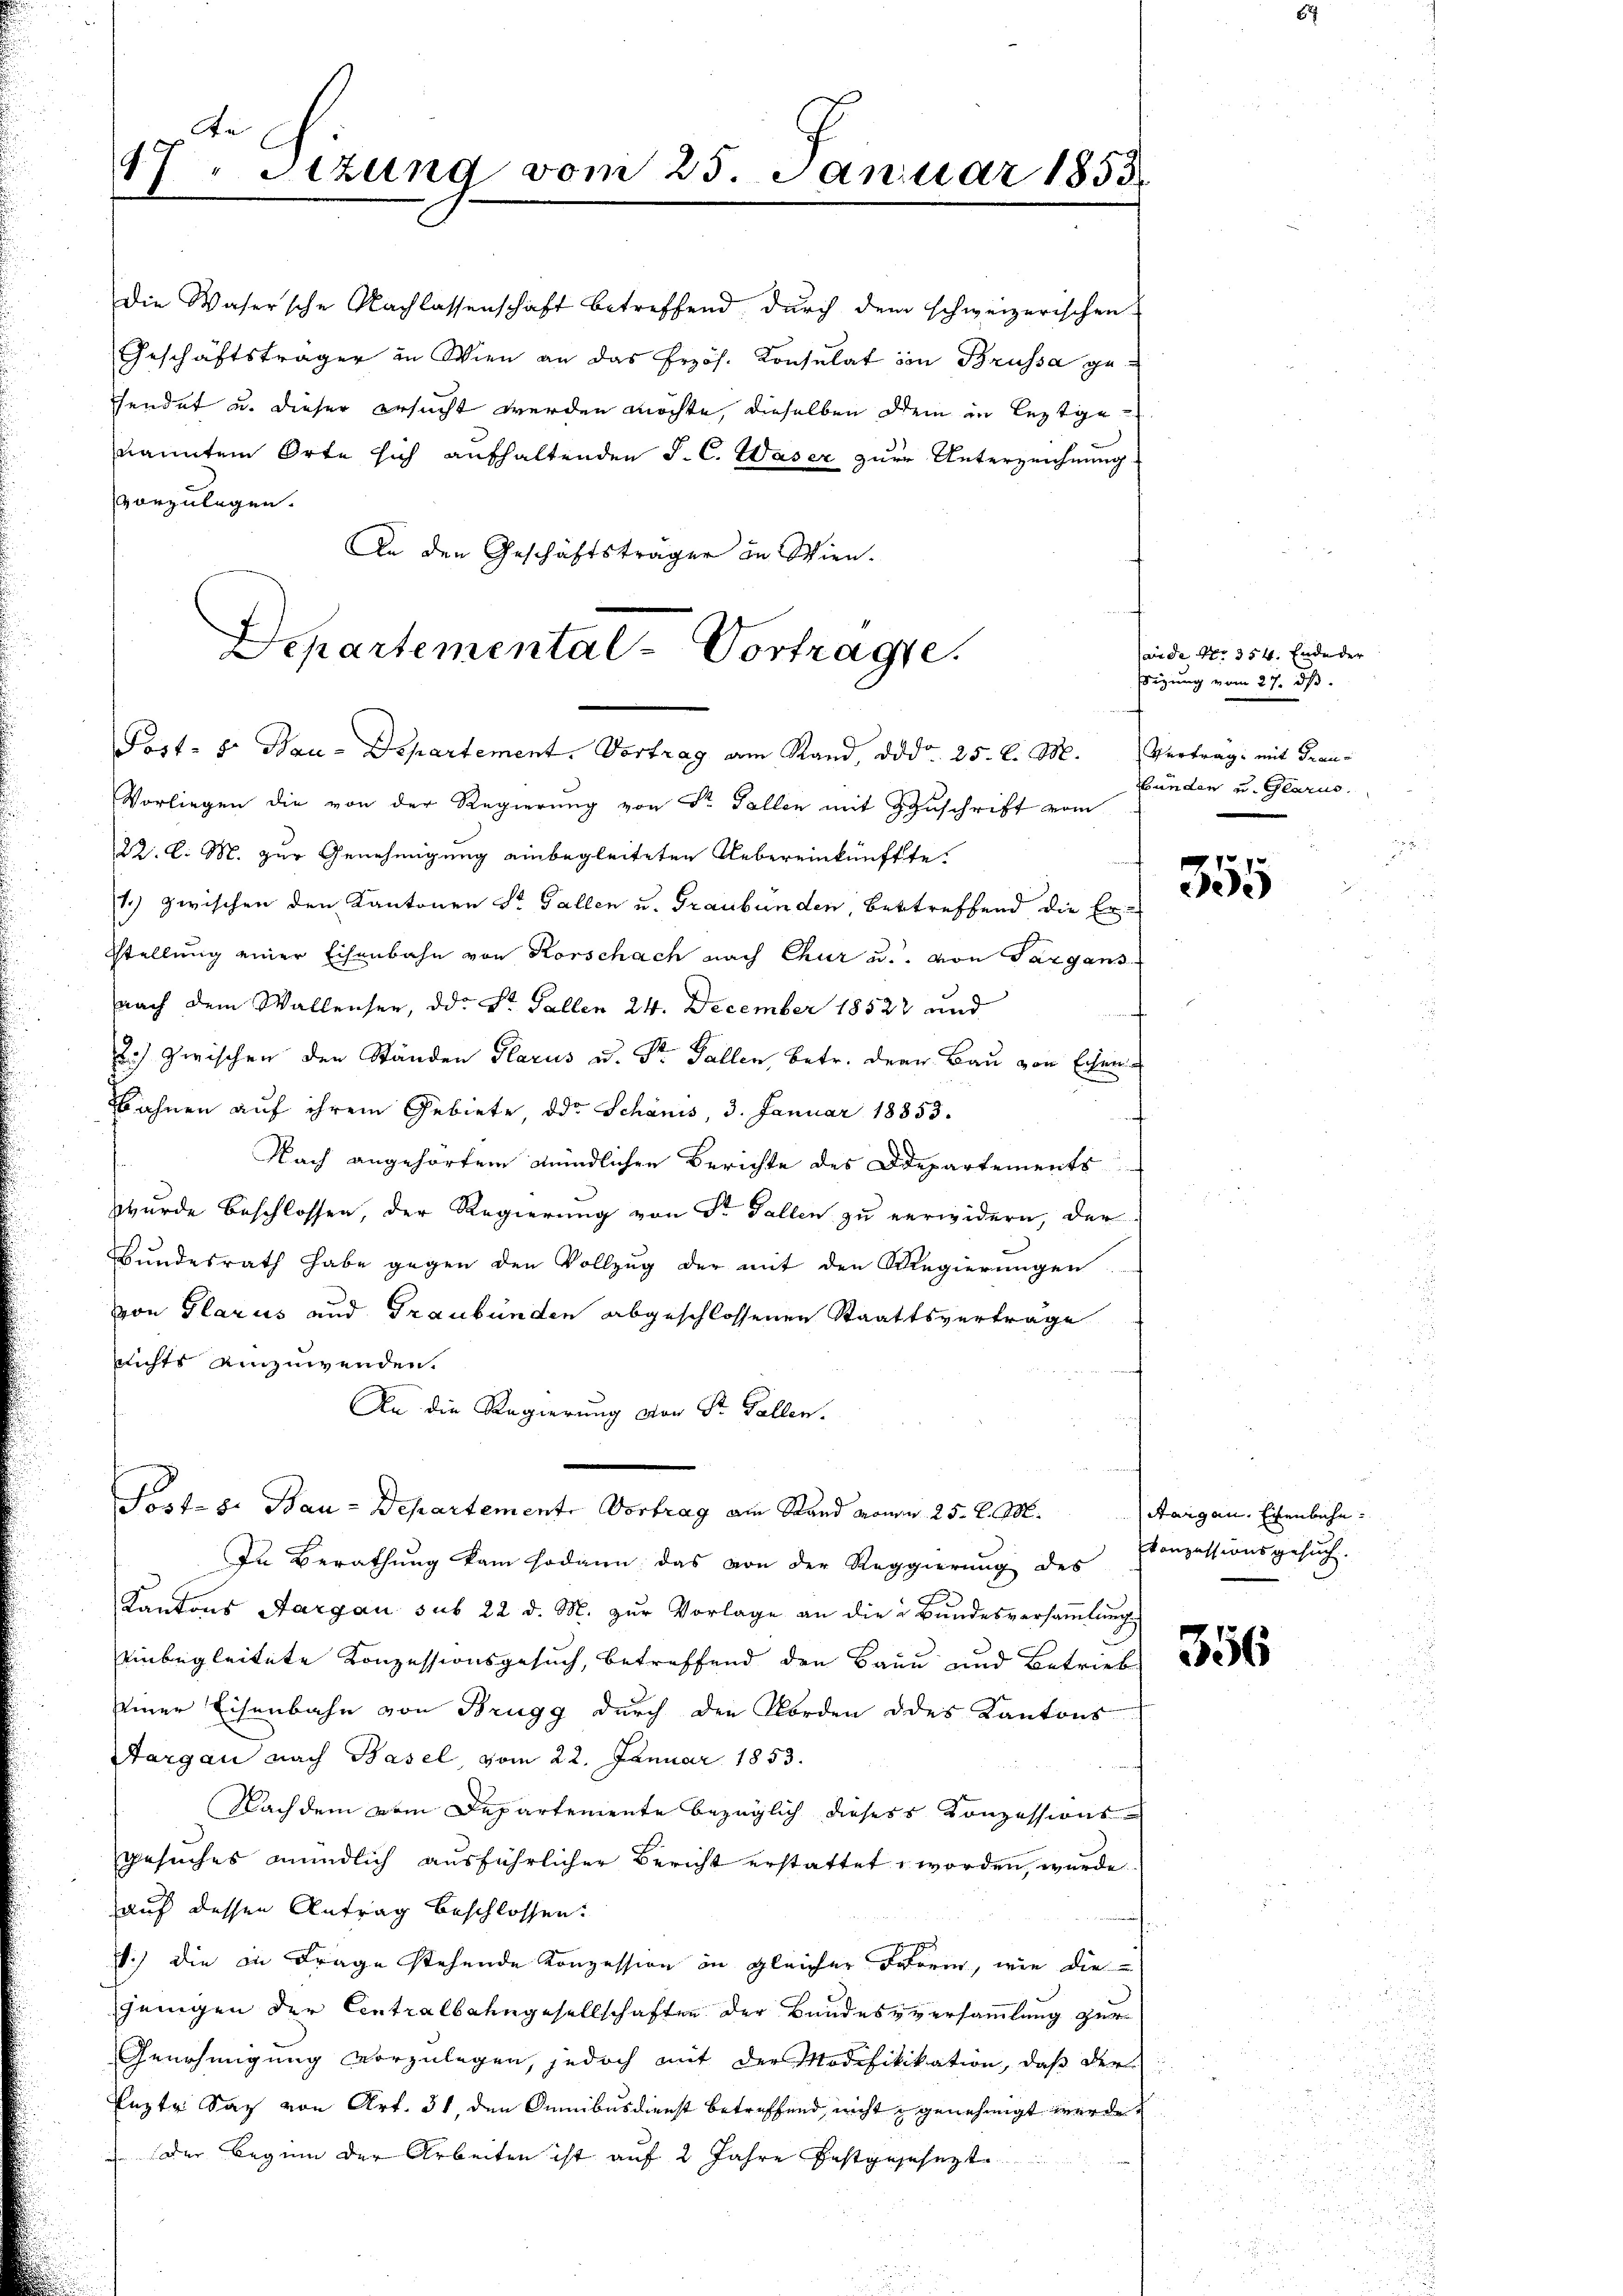
An
17. Sizung vom 25. Januar 1858

die Wasersche Nachlassenschaft betreffend durch dem schweizerischen
Geschäftsträger in Wien an das Przös. Konsulat im Brüssa geendet u. dieser ersucht werden möchte, dieselben dein in leztge
nannten Orte sich aufhaltenden P. C. Waser zur Unterzeichnung
vorzulegen.
An den Geschäftsträger in Wien.
Vorliegen die von der Regierung von St. Gallen mit Zuschrift vom
22. d. M. zur Genehmigung einbegleiteten Uebereinkünffte.
1) zwischen den Kantonen St. Gallen u. Graubünden, Bettreffend die Ertellung einer Eisenbahn von Korschach nach Chur u. von Sargans
nach dem Wallensee, d. St. Gallen 24. December 18522 und
) zwischen den Ständen Glarus u. Dr. Fallen, betr. denn Bau von Eisen¬
Bahnen auf ihrem Gebiete, der Schanis, 3. Januar 18853.
a
Nach angehörtem mündlichen Berichte des Departements
wurde beschlossen, der Regierung von Dr. Gallen zu verwidern, der
Bundesrath habe gegen den Vollzug der mit den Regierungen
on Glarus und Graubünden abgeschlossenen Staatsverträge
Richts einzuwenden.
An die Regierung von St. Gallen.
Porte de Bau-Departemente Vortrag am Stand monen 25. d. M.
In Berathung kam sodann das von der Reggierung des Conzessionsgesuch.
Kantons Aargau sub 22 d. M. zur Vorlage an die Bundesversammlung
einbegleitete Konzessionsgesuch, betreffend den Baue und Betrieb
mner Eisenbahn von Brugg durch den Norden des Kantons
Targau nach Basel, vom 22. Januar 1853.
Nachdem vom Departemente bezüglich dieses Konzessionsgesuches mündlich ausführlicher Bericht erstattet, worden, wurde
auf dessen Antrag beschlossen:
Sc) die in Frage stehende Konzession in gleicher Form, wie die
jenigen der Contralbahngesellschaften der Bundesversammlung zur
Genehmigung vorzulegen, jedoch mit der Modifikikation, daß der
uzte Sag von Art. 31, den demnibusdienst betreffend, nicht genehmigt werde,
Der Beginn der Arbeiten ist auf 2 Jahre festgesehezt

Departemental-Vortragse
Post- 8. Bau-Departement. Vortrag am Stand, da d. 25. d. M. Vertrag: mit Trau-

Jande No. 354. Ende der
sizung vom 27. ds.
bünden und Glarus.

355

Aargau. Eisenbahn.

356